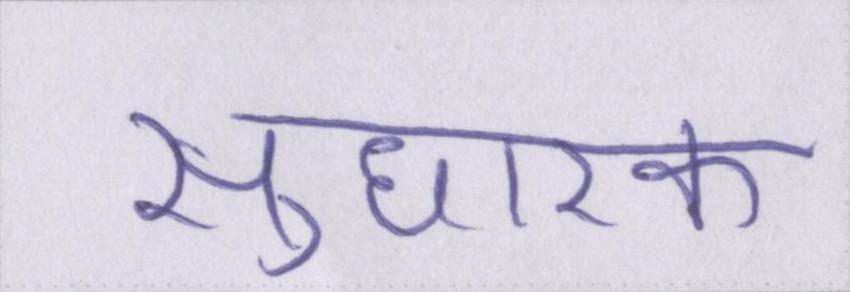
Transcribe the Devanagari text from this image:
सुधारक